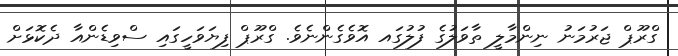
ގްރޫޕް ޖަރުމަނު ނިންމާލީ ތާވަލުގެ ފުލުގައ އޮވެގެންނެވެ. ގްރޫޕް ފިޔަވަހީގައި ސްވިޑެންއާ ދެކޮޅަށް